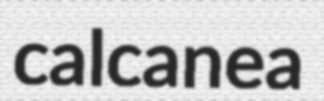
calcanea